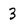
Character: 3